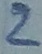
Text: 2